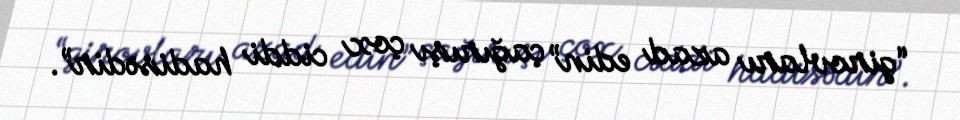
“girovları azad edin” çağırışı çox ciddi hadisədir”.